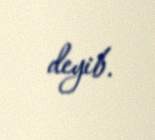
deyib.